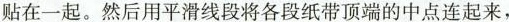
粘贴在一起。然后用平滑线段将各段纸带顶端的中点连起来，